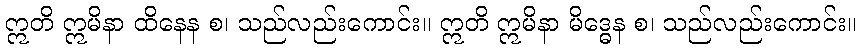
ဣတိ ဣမိနာ ထိနေန စ၊ သည်လည်းကောင်း။ ဣတိ ဣမိနာ မိဒ္ဓေန စ၊ သည်လည်းကောင်း။